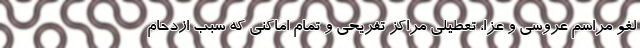
لغو مراسم عروسی و عزا، تعطیلی مراکز تفریحی و تمام اماکنی که سبب ازدحام